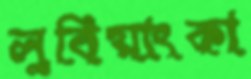
লুবিয়াংকা